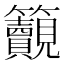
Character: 𥸚